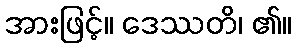
အားဖြင့်။ ဒေဿတိ၊ ၏။